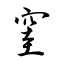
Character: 窐